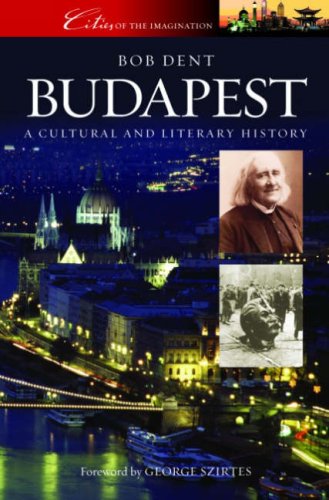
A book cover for Budapest: A Cultural and Literary History (Cities of the Imagination); Dent; Travel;